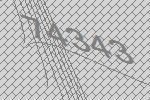
74343